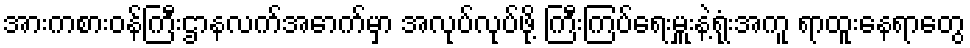
အားကစားဝန်ကြီးဌာနလက်အောက်မှာ အလုပ်လုပ်ဖို့ ကြီးကြပ်ရေးမှူးနဲ့ရုံးအကူ ရာထူးနေရာတွေ